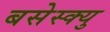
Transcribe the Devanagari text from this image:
बसेस्क्यु